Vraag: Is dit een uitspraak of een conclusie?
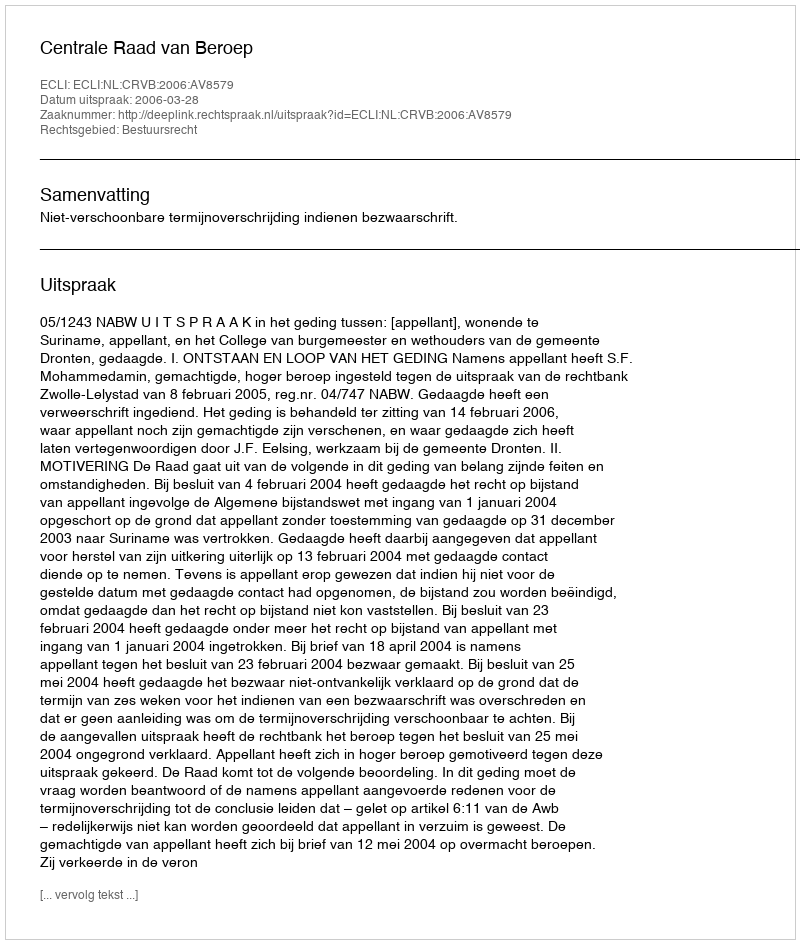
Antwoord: Uitspraak